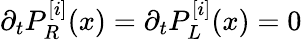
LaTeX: \partial_{t}P_{R}^{[i]}(x)=\partial_{t}P_{L}^{[i]}(x)=0